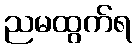
ညမထွက်ရ